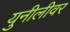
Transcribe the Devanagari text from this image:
युनीलीवर